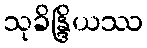
သုခိန္ဒြိယဿ